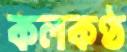
কলকণ্ঠ